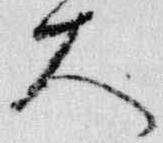
大